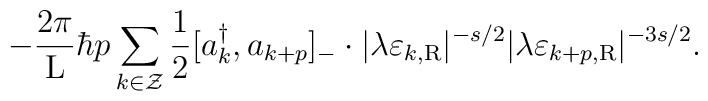
- \frac{2\pi}{\rm L} \hbar p \sum_{k \in \cal Z} \frac{1}{2}[a_k^{\dagger},a_{k+p}]_{-} \cdot |\lambda\varepsilon_{k,\rm R}|^{-s/2}|\lambda \varepsilon_{k+p,\rm R}|^{-{3s}/2}.